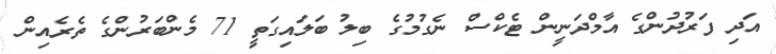
އަދި ފަރުދުންގެ އާމްދަނީން ޓެކްސް ނެގުމުގެ ބިލު ބަލައިގަތީ 71 މެންބަރުންގެ ތެރެއިން